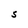
Character: S